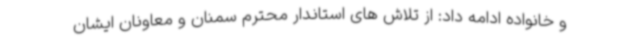
و خانواده ادامه داد: از تلاش های استاندار محترم سمنان و معاونان ایشان